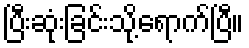
ပြီးဆုံးခြင်းသို့ရောက်ပြီ။